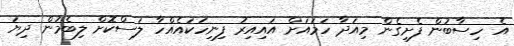
އެ ހިސާބުން ފެށިގެން މިއަދާ ހަމައަށް އައިއިރު ފިނިހަކައެއްހާ ލަސްކޮށް ލިބެމުން ދިޔަ